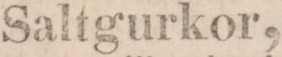
Saltgurkor,